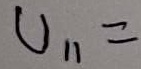
Text: U11=